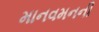
માનવમનની